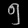
Digit: ၅